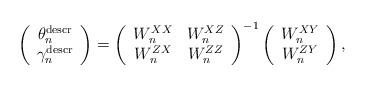
LaTeX: \begin{align*} \left(\begin{array}{c}\theta^{\mathrm{descr}}_n \\\gamma^{\mathrm{descr}}_n\end{array}\right)=\left(\begin{array}{cc}W^{XX}_n & W^{XZ}_n \\W^{ZX}_n & W^{ZZ}_n\end{array}\right)^{-1}\left(\begin{array}{c}W^{XY}_n \\W^{ZY}_n\end{array}\right),\end{align*}